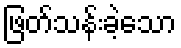
ဖြတ်သန်းခဲ့သော